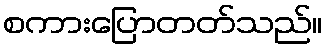
စကားပြောတတ်သည်။